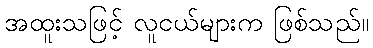
အထူးသဖြင့် လူငယ်များက ဖြစ်သည်။